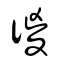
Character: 㣭